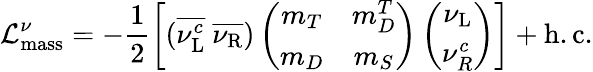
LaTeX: {\cal{L}}_{\mathrm{mass}}^{\nu}=-\frac{1}{2}\left[({\overline{{{\nu_{\mathrm{L}}^{c}}}}}~{\overline{{{\nu_{\mathrm{R}}}}}})\left(\begin{array}{cc}{{m_{T}}}&{{m_{D}^{T}}}\\ {{m_{D}}}&{{m_{S}}}\end{array}\right)\left(\begin{array}{c}{{\nu_{\mathrm{L}}}}\\ {{\nu_{R}^{c}}}\end{array}\right)\right]+\mathrm{h.c.}